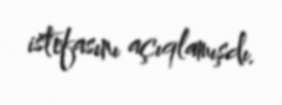
istefasını açıqlamışdı.